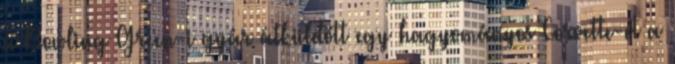
a Bowling Green-i gyár átküldött egy hagyományos Corvette-et a